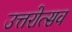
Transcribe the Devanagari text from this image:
उत्तरोत्सव